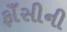
ફાઁસીની